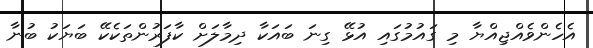
އެހެންވެއްޖިއްޔާ މި ގައުމުގައި އުޅޭ ގިނަ ބައަކާ ދިމާލަށް ކާފަރުންތަކެކޭ ބަޔަކު ބުނާ